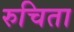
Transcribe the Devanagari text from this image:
रुचिता